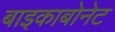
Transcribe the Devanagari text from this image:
बाइकाबोनेट